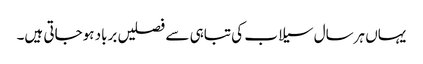
یہاں ہرسال سیلاب کی تباہی سے فصلیں برباد ہوجاتی ہیں۔